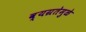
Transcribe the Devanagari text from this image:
व्यग्रतेमुळे